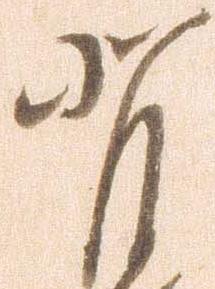
背